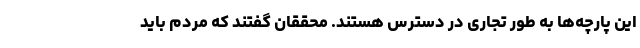
این پارچه‌ها به طور تجاری در دسترس هستند. محققان گفتند که مردم باید